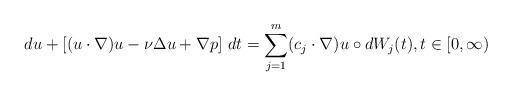
LaTeX: \begin{align*}du + \left[(u \cdot \nabla )u - \nu \Delta u + \nabla p\right]\,dt = \sum_{j=1}^m (c_j \cdot \nabla) u \circ dW_j(t), t \in [0,\infty)\end{align*}